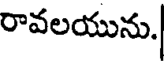
రావలయును.